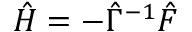
{ \hat { H } } = - \hat { \Gamma } ^ { - 1 } { \hat { F } }